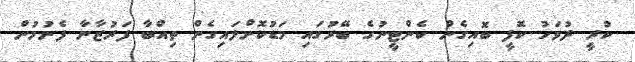
ކުރީ ދުވަހު ކޮފީ ބޮއިގެން ކެންޓީނުގެ ބޭރުގައި މަޑުކޮށްލައިގެން ތިއްބާ ފަރުޒާނާ ފެނުމުން